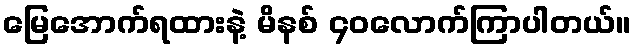
မြေအောက်ရထားနဲ့ မိနစ် ၄၀လောက်ကြာပါတယ်။